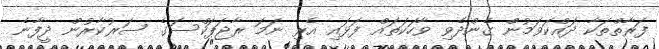
ފަރާތްތަކާ ދައްކަވަމުން ގެންދެވި ވާހަކަތައް ފަޅައި އެރި ނަމަ ރާޖަޕަކްސަގެ ސަރުކާރުން ދީފާނެ